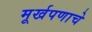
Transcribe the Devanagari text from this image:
मूर्खपणाचे